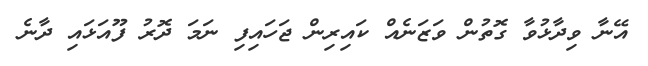
އޭނާ ވިދާޅުވާ ގޮތުން ވަޒަނެއް ކައިރިން ޖަހައިފި ނަމަ ދޮރު ފޫއަޅައި ދާނެ